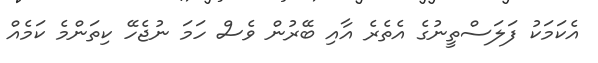
އެކަމަކު ފަލަސްތީނުގެ އެތެރެ އާއި ބޭރުން ވެސް ހަމަ ނުޖެހޭ ކިތަންމެ ކަމެއް